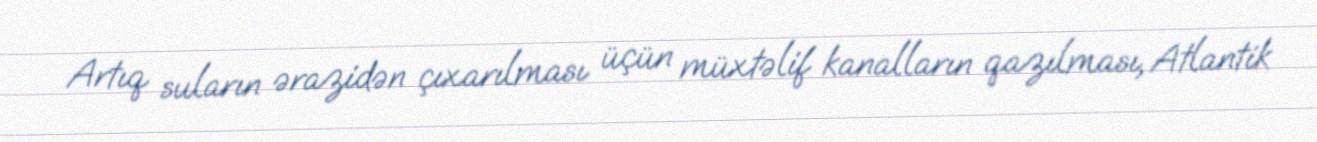
Artıq suların ərazidən çıxarılması üçün müxtəlif kanalların qazılması, Atlantik